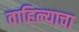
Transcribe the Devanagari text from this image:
वाहिल्याचा